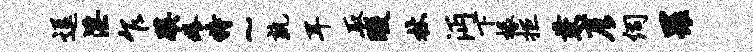
逗淫乍蹊痒特~孰耳取暇杖沔下椽拒兼彦伺罹